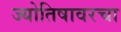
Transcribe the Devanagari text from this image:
ज्योतिषावरचा